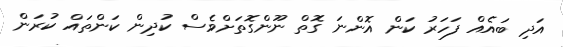
އަދި ބައެއް ފަހަރު ކަން އޮންނަ ގޮތް ނޫންގޮތަށްވެސް ކުދިން ކަންތައް ކުރަން